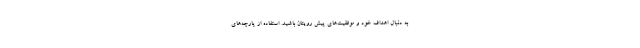
به دنبال اهداف خود و موفقیت‌های پیش رویتان باشید. استفاده از پارچه‌های